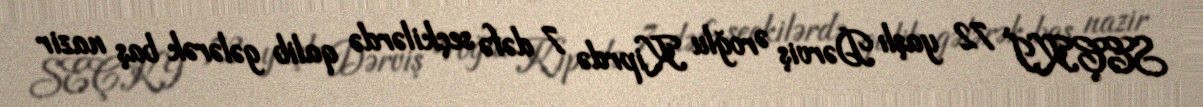
SEÇKİ 72 yaşlı Dərviş Əroğlu Kiprdə 7 dəfə seçkilərdə qalib gələrək baş nazir